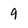
Character: 9